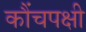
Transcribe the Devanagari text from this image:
कौंचपक्षी